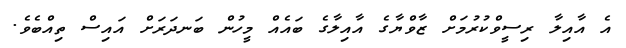
އެ އާއިލާ ރިސީވްކުރުމަށް ޒާވްޔާގެ އާއިލާގެ ބައެއް މީހުން ބަނދަރަށް އައިސް ތިއްބެވެ.